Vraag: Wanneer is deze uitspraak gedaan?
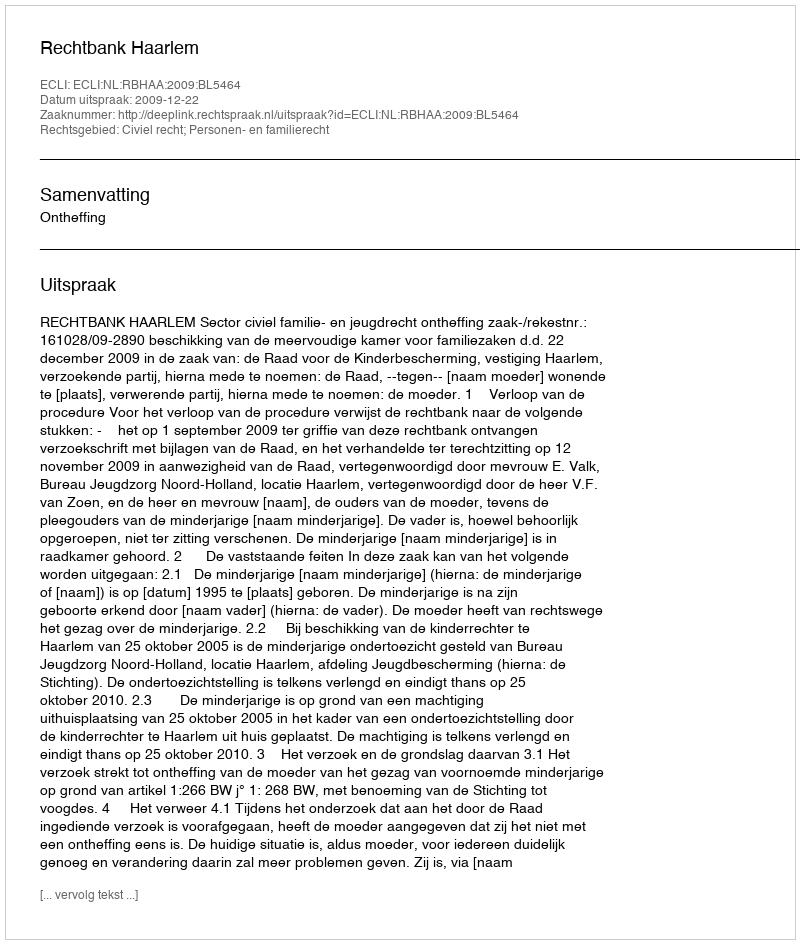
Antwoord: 2009-12-22